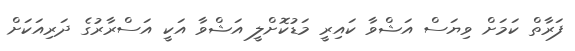
ފަރާތް ކަމަށް ވިޔަސް އަޝްވާ ކައިރީ މަޑުކޮށްލީ އަޝްވާ އަކީ އަސްރާރުގެ ދަރިއަކަށް